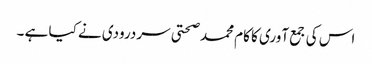
اس کی جمع آوری کا کام محمد صحتی سردرودی نے کیا ہے ۔